Vaccination report Assam 1896-1927 - 1896-1927
Year: 1896
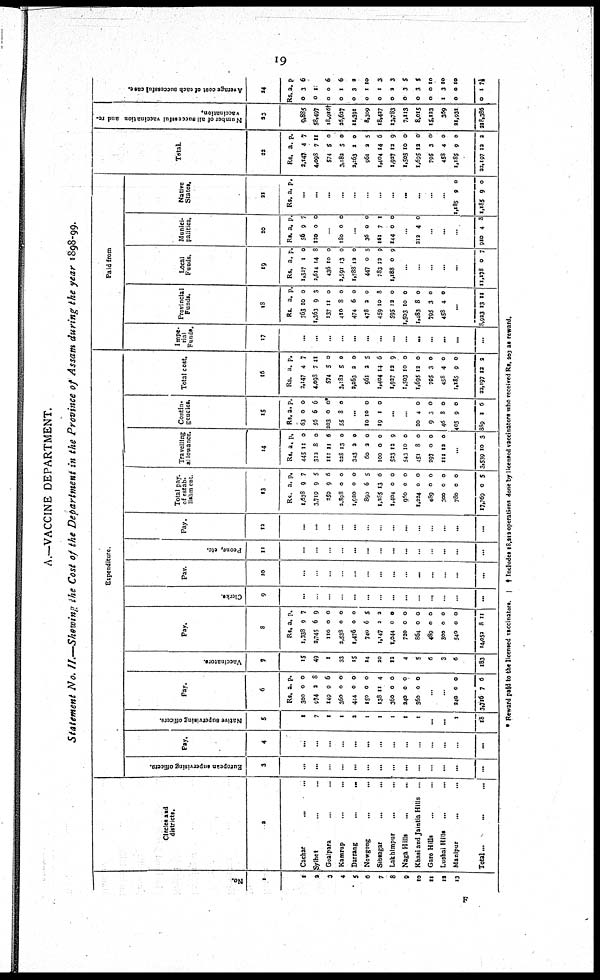
19
A.—VACCINE DEPARTMENT.
Statement No. II.—Showing the Cost of the Department in the Province of Assam during the year 1898-99.
No.
1
1
2
3
4
5
6
7
8
9
10
11
12
13
Circles and
districts.
2
Cachar...
...
Sylhet... ...
Goalpara...
...
Kamrup... ...
Darrang... ...
Nowgong... ...
Sibtagar... ...
Lakhimpur... ...
Naga Hills... ...
Khasi and Jaintia Hills ...
Garo Hills... ...
Lushai Hills... ...
Manipur...
...
Total..
...
...
Expenditure.
European supervising officers.
3
...
...
...
...
...
...
...
...
...
...
...
...
...
...
Pay.
4
...
...
...
...
...
...
...
...
...
...
...
...
...
...
Native supervising officers.
5
1
7
1
1
2
1
1
1
1
1
...
...
1
18
Pay.
6
Rs.
300
974
149
360
444
150
138
360
240
360
a.
0
2
9
0
0
0
11
0
0
0
p.
0
8
6
0
0
0
4
0
0
0
...
...
240
3,716
0
7
0
6
Vaccinators.
7
15
49
1
33
15
14
20
12
4
5
6
3
6
183
Pay.
8
Rs.
1,338
2,745
110
2,538
1,476
740
1,147
1,044
720
864
489
300
540
14,052
a.
9
6
0
0
0
6
2
0
0
0
0
0
0
8
p.
7
9
0
0
0
5
2
0
0
0
0
0
0
11
Clerks.
9
...
...
...
...
...
...
...
...
...
...
...
...
...
...
Pay.
10
...
..
...
...
...
...
...
...
..
...
...
...
...
...
Peons, etc.
11
...
...
...
...
...
...
...
...
...
...
...
...
...
...
Pay.
12
...
...
...
...
...
...
...
...
...
...
...
...
...
...
Total pay
of estab¬
lishment.
13
Rs.
1,638
3,719
259
2,898
1,920
890
1,285
1,404
960
1,224
489
300
780
17,769
a.
9
9
9
0
0
6
13
0
0
0
0
0
0
0
p.
7
5
6
0
0
5
6
0
0
0
0
0
0
5
Travelling
allowance.
14
Rs.
445
322
111
228
343
60
100
523
543
451
297
111
a.
11
8
11
13
2
2
0
12
10
8
0
12
p.
0
0
6
0
0
0
0
9
0
0
0
0
...
3,539 10 3
Contin-
gencies.
15
Rs.
63
56
203
55
a.
0
6
0
8
p.
0
6
0*
0
...
10
19
10
1
0
0
...
...
20
9
46
405
889
4
3
8
9
1
0
0
0
0
6
Total cost.
16
Rs.
2,147
4,098
574
3,182
2,263
961
1,404
1,927
1,503
1,695
795
458
1,185
22,197
a.
4
7
5
5
2
3
14
12
10
12
3
4
9
12
p.
7
11
0
0
0
5
6
9
0
0
0
0
0
2
Paid from
Impe-
rial
Funds.
17
...
...
...
...
...
...
...
...
...
...
...
...
...
...
Provincial
Funds.
18
Rs.
763
1,363
137
410
474
478
459
595
1,503
1,483
795
458
a.
10
9
11
8
6
2
10
12
10
8
3
4
p.
0
3
0
0
0
0
8
0
0
0
0
0
...
8,923 13 11
Local
Funds.
19
Rs.
1,327
2,614
436
2,591
1,788
447
783
1,188
a.
1
14
10
13
12
0
13
0
p.
0
8
0
0
0
5
9
9
...
...
...
...
...
11,178 0 7
Munici-
palities.
20
Rs.
56
120
a.
9
0
p.
7
0
...
180 0 0
...
36
161
144
0
7
0
0
1
0
...
212 4 0
...
...
...
910 4 8
Native
States.
21
Rs. a. p.
...
...
...
...
...
...
...
...
...
...
...
...
1,185
1,185
9
9
0
0
Total.
22
Rs.
2,147
4,098
574
3,182
2,263
961
1,404
1,927
1,503
1,695
795
458
1,185
22,197
a.
4
7
5
5
2
2
14
12
10
12
3
4
9
12
p.
7
11
0
0
0
5
6
9
0
0
0
0
0
2
Number of all successful vaccination and re¬
vaccination.
23
9,885
58,497
18,916†
26,627
11,391
8,309
18,427
13,783
7,113
8,015
15,123
369
21,931
218,386
Average cost of each successful case.
24
Rs.
0
0
0
0
0
0
0
0
0
0
0
1
0
0
a.
3
1
0
1
3
1
1
2
3
3
0
3
0
1
p
6
6
6
2
10
3
3
5
5
10
10
10
7½
* Reward paid to the licensed vaccinators.
† Includes 18,212 operations done by licensed vaccinators who received Rs. 203 as reward.
F